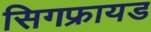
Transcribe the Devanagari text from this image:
सिगफ्रायड